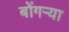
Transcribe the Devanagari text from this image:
बोंगऱ्या